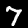
Digit: 7